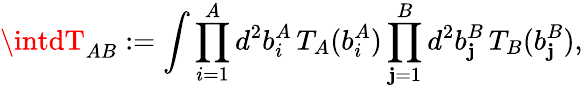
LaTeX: \intdT_{AB}:=\int\prod_{i=1}^{A}d^{2}b_{i}^{A}\, T_{A}(b_{i}^{A})\prod_{\mathbf{j}=1}^{B}d^{2}b_{\mathbf{j}}^{B}\, T_{B}(b_{\mathbf{j}}^{B}),